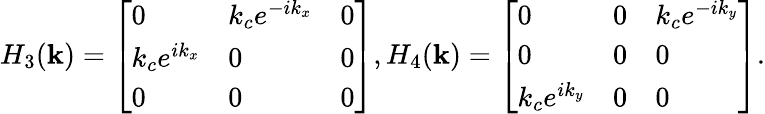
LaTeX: H_{3}(\textbf{k})=\left[\begin{array}{lll}{0}&{k_{c}e^{-ik_{x}}}&{0}\\ {k_{c}e^{ik_{x}}}&{0}&{0}\\ {0}&{0}&{0}\end{array}\right],H_{4}(\textbf{k})=\left[\begin{array}{lll}{0}&{0}&{k_{c}e^{-ik_{y}}}\\ {0}&{0}&{0}\\ {k_{c}e^{ik_{y}}}&{0}&{0}\end{array}\right].